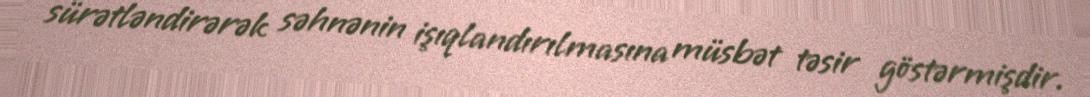
sürətləndirərək səhnənin işıqlandırılmasına müsbət təsir göstərmişdir.